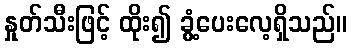
နှုတ်သီးဖြင့် ထိုး၍ ခွံ့ပေးလေ့ရှိသည်။